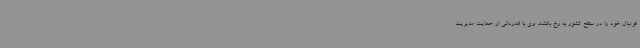
فوتبال خود را در سطح کشور به رخ بکشد. وی با قدردانی از حمایت مدیریت